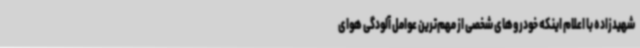
شهیدزاده با اعلام اینکه خودروهای شخصی از مهم‌ترین عوامل آلودگی هوای